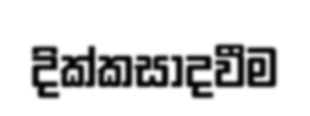
දික්කසාදවීම